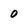
Character: 0